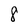
Character: 8